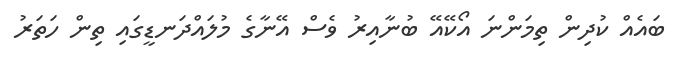
ބައެއް ކުދިން ތިމަންނަ އޯކޭއޭ ބުނާއިރު ވެސް އޭނާގެ މުލައްދަނޑީގައި ތިން ހަތަރު